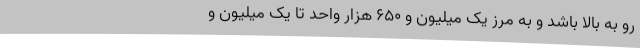
رو به بالا باشد و به مرز یک میلیون و 650 هزار واحد تا یک میلیون و